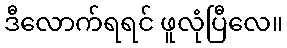
ဒီလောက်ရရင် ဖူလုံပြီလေ။